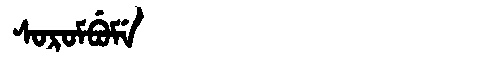
Manchu: ᠰᠣᡵᠣᠮᠪᡠᠮᡝ
Romanization: SOROMBUME